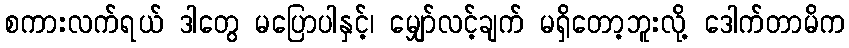
စကားလက်ရယ် ဒါတွေ မပြောပါနှင့်၊ မျှော်လင့်ချက် မရှိတော့ဘူးလို့ ဒေါက်တာမိက